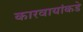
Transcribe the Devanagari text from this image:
कारवायांकडे